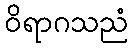
ဝိရာဂသညံ